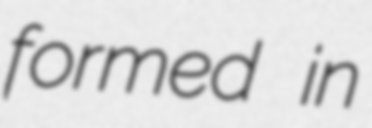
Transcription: formed in